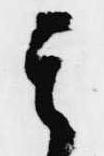
其